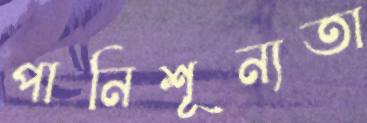
পানিশূন্যতা